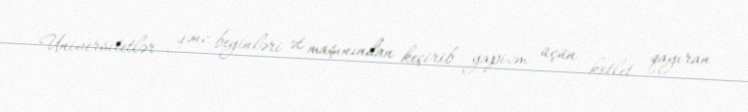
Universitetlər gənc beyinləri ət maşınından keçirib yapizm üçün kotlet qayıran